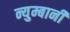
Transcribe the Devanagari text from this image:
न्युम्बानी